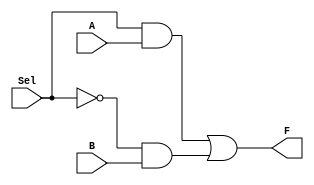
module Mux_1bit(F, Sel, A, B);
    output F;
    input Sel, A, B;
    // Happy coding!
    wire n_Sel, w1, w2;
    not not1(n_Sel, Sel);
    and and1(w1, Sel, A);
    and and2(w2, n_Sel, B);
    or or1(F, w1, w2);

endmodule

module Mux_8bits(F, Sel, A, B);
    output [7:0] F;
    input  [7:0] A, B;
    input Sel;
    // Happy coding!
    Mux_1bit Mux7(F[7], Sel, A[7], B[7]);
    Mux_1bit Mux6(F[6], Sel, A[6], B[6]);
    Mux_1bit Mux5(F[5], Sel, A[5], B[5]);
    Mux_1bit Mux4(F[4], Sel, A[4], B[4]);
    Mux_1bit Mux3(F[3], Sel, A[3], B[3]);
    Mux_1bit Mux2(F[2], Sel, A[2], B[2]);
    Mux_1bit Mux1(F[1], Sel, A[1], B[1]);
    Mux_1bit Mux0(F[0], Sel, A[0], B[0]);
 
endmodule

module Decoder(Dout, Din);
    output [15:0] Dout;
    input  [3:0]  Din;
    // Your code is welcomed here!
    wire n_b3, n_b2, n_b1, n_b0;
    not not3(n_b3, Din[3]);
    not not2(n_b2, Din[2]);
    not not1(n_b1, Din[1]);
    not not0(n_b0, Din[0]);
    and and15(Dout[15], n_b3, n_b2, n_b1, n_b0);
    and and14(Dout[14], n_b3, n_b2, n_b1, Din[0]);
    and and13(Dout[13], n_b3, n_b2, Din[1], n_b0);
    and and12(Dout[12], n_b3, n_b2, Din[1], Din[0]);
    and and11(Dout[11], n_b3, Din[2], n_b1, n_b0);
    and and10(Dout[10], n_b3, Din[2], n_b1, Din[0]);
    and and9(Dout[9], n_b3, Din[2], Din[1], n_b0);
    and and8(Dout[8], n_b3, Din[2], Din[1], Din[0]);
    and and7(Dout[7], Din[3], n_b2, n_b1, n_b0);
    and and6(Dout[6], Din[3], n_b2, n_b1, Din[0]);
    and and5(Dout[5], Din[3], n_b2, Din[1], n_b0);
    and and4(Dout[4], Din[3], n_b2, Din[1], Din[0]);
    and and3(Dout[3], Din[3], Din[2], n_b1, n_b0);
    and and2(Dout[2], Din[3], Din[2], n_b1, Din[0]);
    and and1(Dout[1], Din[3], Din[2], Din[1], n_b0);
    and and0(Dout[0], Din[3], Din[2], Din[1], Din[0]);
    
endmodule

module Xor(out, A, B);    //Create an XOR module
    input   A, B;
    output  out;
    wire    nA, nB, w1, w2;
    not nota(nA, A);
    not notb(nB, B);
    and and1(w1, nA, B);
    and and2(w2, A, nB);
    or or1(out, w1, w2);
endmodule

module FullAdder(Sum, C_out, C_in, A, B);
    output Sum, C_out;
    input  C_in, A, B;
    // Your code is welcomed here!
    wire xor_w, w1, w2;
    Xor xor1(xor_w, A, B);
    Xor xor2(Sum, xor_w, C_in);
    and and1(w1, C_in, xor_w);
    and and2(w2, A, B);
    or or1(C_out, w1, w2);

endmodule

module RippleCarryAdder(Sum, C_out, C_in, A, B);
    output [3:0] Sum;
    output C_out;
    input  C_in;
    input  [3:0] A, B;
    // Write your code here!
    wire [2:0]  w;
    FullAdder Fa0(Sum[0], w[0], C_in, A[0], B[0]);
    FullAdder Fa1(Sum[1], w[1], w[0], A[1], B[1]);
    FullAdder Fa2(Sum[2], w[2], w[1], A[2], B[2]);
    FullAdder Fa3(Sum[3], C_out, w[2], A[3], B[3]); 

endmodule

module Comparator_3bits(A_lt_B, A_gt_B, A_eq_B, A, B);
    output A_lt_B, A_gt_B, A_eq_B;
    input [2:0] A, B;
    // To write, or not to write ...
    wire [2:0] nA, nB, w_lt, w_gt, w_eq;
    wire w_lt1, w_gt1, w_lt0, w_gt0;
    not not1(nA[2], A[2]);
    not not2(nA[1], A[1]);
    not not3(nA[0], A[0]);
    not not4(nB[2], B[2]);
    not not5(nB[1], B[1]);
    not not6(nB[0], B[0]);
    and and21(w_lt[2], nA[2], B[2]);
    and and22(w_gt[2], A[2], nB[2]);
    and and11(w_lt[1], nA[1], B[1]);
    and and12(w_gt[1], A[1], nB[1]);
    and and01(w_lt[0], nA[0], B[0]);
    and and02(w_gt[0], A[0], nB[0]);
    nor nor2(w_eq[2], w_lt[2], w_gt[2]);
    nor nor1(w_eq[1], w_lt[1], w_gt[1]);
    nor nor0(w_eq[0], w_lt[0], w_gt[0]);
    and and1(A_eq_B, w_eq[2], w_eq[1], w_eq[0]);
    and and2(w_lt1, w_eq[2], w_lt[1]);
    and and3(w_gt1, w_eq[2], w_gt[1]);
    and and4(w_lt0, w_eq[2], w_eq[1], w_lt[0]);
    and and5(w_gt0, w_eq[2], w_eq[1], w_gt[0]);
    or or1(A_lt_B, w_lt[2], w_lt1, w_lt0);
    or or2(A_gt_B, w_gt[2], w_gt1, w_gt0);
endmodule

module Comparator_4bits(A_lt_B, A_gt_B, A_eq_B, A, B);
    output A_lt_B, A_gt_B, A_eq_B;
    input [3:0] A, B;
    // To write, or not to write ...
    wire [3:0] nA, nB, w_lt, w_gt, w_eq;
    wire w_lt2, w_gt2,  w_lt1, w_gt1, w_lt0, w_gt0;
    not not1(nA[3], A[3]);
    not not2(nA[2], A[2]);
    not not3(nA[1], A[1]);
    not not4(nA[0], A[0]);
    not not5(nB[3], B[3]);
    not not6(nB[2], B[2]);
    not not7(nB[1], B[1]);
    not not8(nB[0], B[0]);
    and and31(w_lt[3], nA[3], B[3]);
    and and32(w_gt[3], A[3], nB[3]);
    and and21(w_lt[2], nA[2], B[2]);
    and and22(w_gt[2], A[2], nB[2]);
    and and11(w_lt[1], nA[1], B[1]);
    and and12(w_gt[1], A[1], nB[1]);
    and and01(w_lt[0], nA[0], B[0]);
    and and02(w_gt[0], A[0], nB[0]);
    nor nor3(w_eq[3], w_lt[3], w_gt[3]);
    nor nor2(w_eq[2], w_lt[2], w_gt[2]);
    nor nor1(w_eq[1], w_lt[1], w_gt[1]);
    nor nor0(w_eq[0], w_lt[0], w_gt[0]);
    and and1(A_eq_B, w_eq[3], w_eq[2], w_eq[1], w_eq[0]);
    and and2(w_lt2, w_eq[3], w_lt[2]);
    and and3(w_gt2, w_eq[3], w_gt[2]);
    and and4(w_lt1, w_eq[3], w_eq[2], w_lt[1]);
    and and5(w_gt1, w_eq[3], w_eq[2], w_gt[1]);
    and and6(w_lt0, w_eq[3], w_eq[2], w_eq[1], w_lt[0]);
    and and7(w_gt0, w_eq[3], w_eq[2], w_eq[1], w_gt[0]);
    or or1(A_lt_B, w_lt[3], w_lt2, w_lt1, w_lt0);
    or or2(A_gt_B, w_gt[3], w_gt2, w_gt1, w_gt0);

endmodule